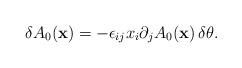
LaTeX: \begin{align*}\delta A_0({\bf x}) = -\epsilon_{ij}x_i\partial_jA_0({\bf x})\,\delta\theta.\end{align*}